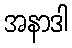
အနာဒါ